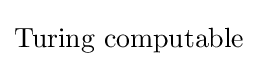
{\mbox{Turing computable}}